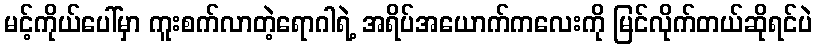
မင့်ကိုယ်ပေါ်မှာ ကူးစက်လာတဲ့ရောဂါရဲ့ အရိပ်အယောက်ကလေးကို မြင်လိုက်တယ်ဆိုရင်ပဲ